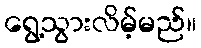
ရွေ့သွားလိမ့်မည်။